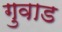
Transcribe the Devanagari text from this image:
गुवाड